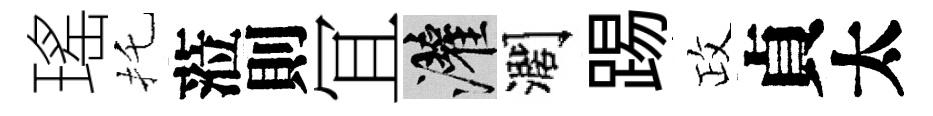
瑤托蒞則冝灌濶踢政貞太